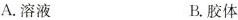
A.溶液 B.胶体